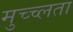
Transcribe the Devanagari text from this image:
मुच्च्लता